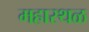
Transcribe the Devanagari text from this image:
महास्थळ